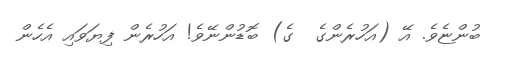
ބުންޏެވެ. އޭ (އަހުރެންގެ  ގެ) ބޮޑުންނޭވެ! އަހުރެން ފިޔަވައި އެހެން